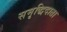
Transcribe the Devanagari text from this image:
समृद्धिदाता